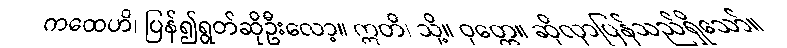
ကထေဟိ၊ ပြန်၍ရွတ်ဆိုဦးလော့။ ဣတိ၊ သို့။ ဝုတ္တေ။ ဆိုလှာပြန်သည်ရှိသော်။